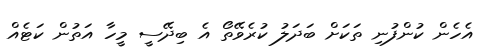
އެހެން ކުންފުނި ތަކަށް ބަދަލު ކުރެވޭތޯ އެ ބިދޭސީ މީހާ އަތުން ކަޓެއް